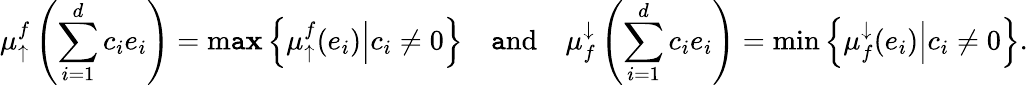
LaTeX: \mu_{\uparrow}^{f}\left(\sum_{i=1}^{d}c_{i}e_{i}\right)=\operatorname*{m\mathtt{a}\mathbf{x}}\left\{ \left.\mu_{\uparrow}^{f}(e_{i})\right|c_{i}\neq0\right\} \quad\mathrm{{\mathtt{a}nd}}\quad\mu_{f}^{\downarrow}\left(\sum_{i=1}^{d}c_{i}e_{i}\right)=\operatorname*{min}\left\{ \left.\mu_{f}^{\downarrow}(e_{i})\right|c_{i}\neq0\right\} .